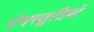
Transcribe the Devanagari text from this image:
देवस्तुतियों